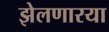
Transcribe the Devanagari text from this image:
झेलणारया